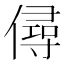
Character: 𠎅